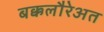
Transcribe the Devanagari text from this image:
बक्कलौरेअत